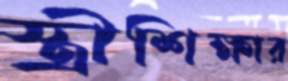
স্ত্রীশিক্ষার